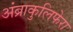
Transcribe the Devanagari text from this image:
अंब्राकुलिफेरा